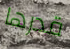
قدرها